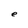
Character: e